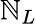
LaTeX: \mathbb{N}_{L}